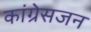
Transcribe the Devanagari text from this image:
कांग्रेसजन